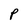
Character: P